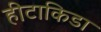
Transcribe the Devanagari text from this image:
हीटाकिडा